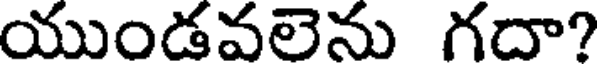
యుండవలెను గదా?